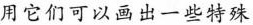
用它们可以画出一些特殊